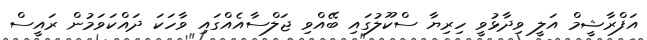
އަފްރާޝީމް އަލީ ވިދާޅުވީ ހިރިޔާ ސްކޫލުގައި ބޭއްވި ޖަލްސާއެއްގައި ވާހަކަ ދައްކަވަމުން ރައީސް